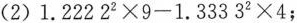
(2)$$1 . 2 2 2 2 ^ { 2 } \times 9 - 1 . 3 3 3 3 ^ { 2 } \times 4$$；